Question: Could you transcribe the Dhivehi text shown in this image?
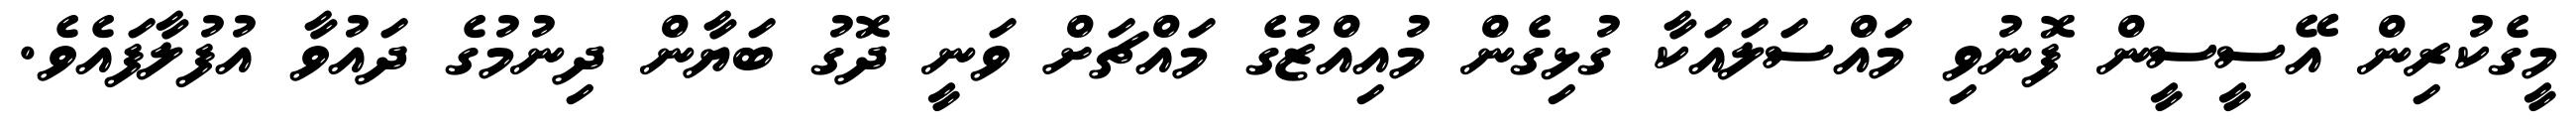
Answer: މީގެކުރިން އޭސީސީން ފޮނުވި މައްސަލައަކާ ގުޅިގެން މުއިއްޒުގެ މައްޗަށް ވަނީ ދޮގު ބަޔާން ދިނުމުގެ ދައުވާ އުފުލާފައެވެ.